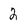
Character: 2